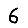
Digit: 6